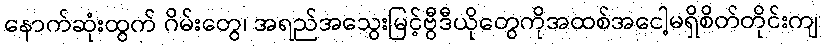
နောက်ဆုံးထွက် ဂိမ်းတွေ၊ အရည်အသွေးမြင့်ဗွီဒီယိုတွေကိုအထစ်အငေါ့မရှိစိတ်တိုင်းကျ